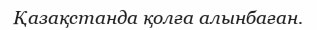
Қазақстанда қолға алынбаған.